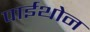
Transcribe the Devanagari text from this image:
पाईथोन